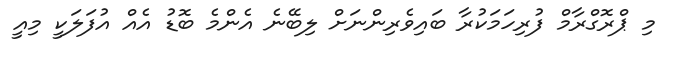
މި ޕްރޮގްރާމް ފުރިހަމަކުރާ ބައިވެރިންނަށް ލިބޭނެ އެންމެ ބޮޑު އެއް އުފަލަކީ މިއީ